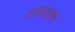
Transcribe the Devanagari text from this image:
साधारण्